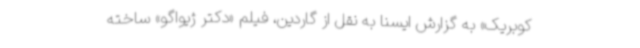
کوبریک» به گزارش ایسنا به نقل از گاردین، فیلم «دکتر ژیواگو» ساخته